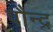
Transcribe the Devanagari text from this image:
पौन्द्र